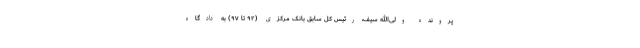
پرونده ولی‌الله سیف، رئیس کل سابق بانک مرکزی (۹۲ تا ۹۷) به دادگاه